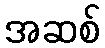
အဆစ်